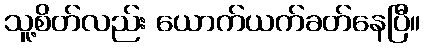
သူ့စိတ်လည်း ယောက်ယက်ခတ်နေပြီ။